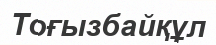
Тоғызбайқұл